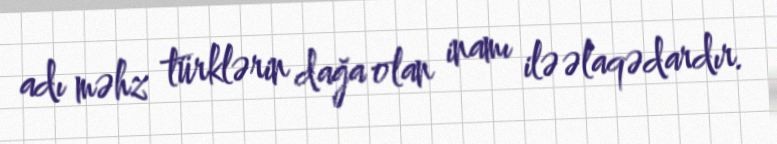
adı məhz türklərin dağa olan inamı ilə əlaqədardır.